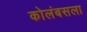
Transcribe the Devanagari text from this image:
कोलंबसला